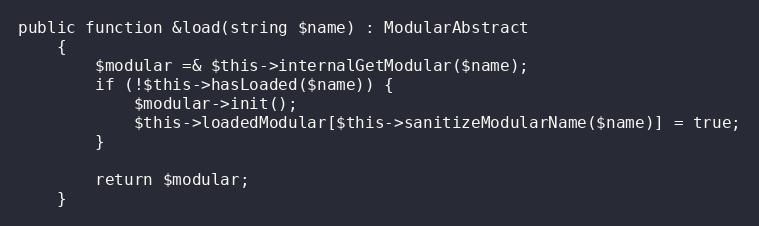
Language: PHP
public function &load(string $name) : ModularAbstract
    {
        $modular =& $this->internalGetModular($name);
        if (!$this->hasLoaded($name)) {
            $modular->init();
            $this->loadedModular[$this->sanitizeModularName($name)] = true;
        }

        return $modular;
    }